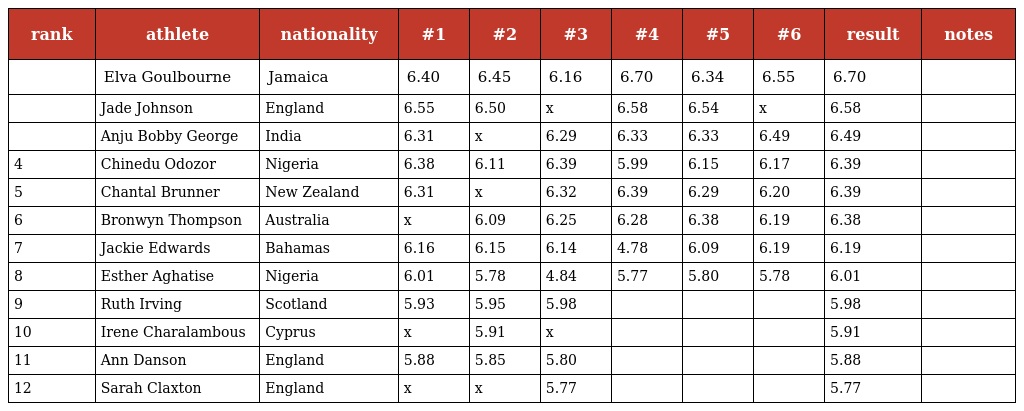
| rank | athlete | nationality | #1 | #2 | #3 | #4 | #5 | #6 | result | notes |
 | --- | --- | --- | --- | --- | --- | --- | --- | --- | --- | --- |
 |  | Elva Goulbourne | Jamaica | 6.40 | 6.45 | 6.16 | 6.70 | 6.34 | 6.55 | 6.70 |  |
 |  | Jade Johnson | England | 6.55 | 6.50 | x | 6.58 | 6.54 | x | 6.58 |  |
 |  | Anju Bobby George | India | 6.31 | x | 6.29 | 6.33 | 6.33 | 6.49 | 6.49 |  |
 | 4 | Chinedu Odozor | Nigeria | 6.38 | 6.11 | 6.39 | 5.99 | 6.15 | 6.17 | 6.39 |  |
 | 5 | Chantal Brunner | New Zealand | 6.31 | x | 6.32 | 6.39 | 6.29 | 6.20 | 6.39 |  |
 | 6 | Bronwyn Thompson | Australia | x | 6.09 | 6.25 | 6.28 | 6.38 | 6.19 | 6.38 |  |
 | 7 | Jackie Edwards | Bahamas | 6.16 | 6.15 | 6.14 | 4.78 | 6.09 | 6.19 | 6.19 |  |
 | 8 | Esther Aghatise | Nigeria | 6.01 | 5.78 | 4.84 | 5.77 | 5.80 | 5.78 | 6.01 |  |
 | 9 | Ruth Irving | Scotland | 5.93 | 5.95 | 5.98 |  |  |  | 5.98 |  |
 | 10 | Irene Charalambous | Cyprus | x | 5.91 | x |  |  |  | 5.91 |  |
 | 11 | Ann Danson | England | 5.88 | 5.85 | 5.80 |  |  |  | 5.88 |  |
 | 12 | Sarah Claxton | England | x | x | 5.77 |  |  |  | 5.77 |  |